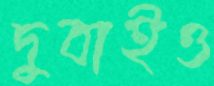
দুবাইও